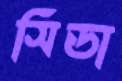
সিডা